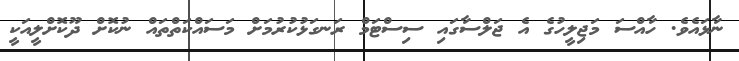
ނާޅައެވެ. ހާއްސަ މަޖިލީހުގެ އެ ޖަލްސާގައި ސިސްޓަމް ރަނގަޅުކުރުމަށް މަސައްކަތްތައް ނުކޮށް ދޫކޮށްލީއަކީ